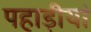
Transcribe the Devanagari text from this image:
पहाड़ीयां